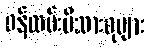
ဝန်ထမ်းမိသားစုများ